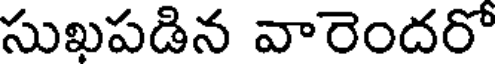
సుఖపడిన వారెందరో